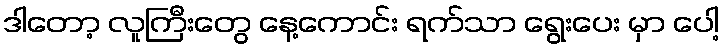
ဒါတော့ လူကြီးတွေ နေ့ကောင်း ရက်သာ ရွေးပေး မှာ ပေါ့